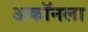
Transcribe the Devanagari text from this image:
अकॉनला